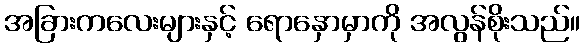
အခြားကလေးများနှင့် ရောနှောမှာကို အလွန်စိုးသည်။